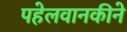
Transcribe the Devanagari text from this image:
पहेलवानकीने